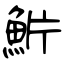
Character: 魸